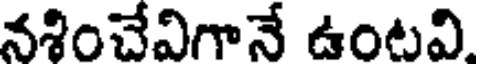
నశించేవిగానే ఉంటవి